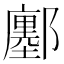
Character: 鄽